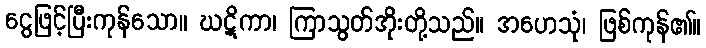
ငွေဖြင့်ပြီးကုန်သော။ ဃဋိကာ၊ ကြာသွတ်အိုးတို့သည်။ အဟေသုံ၊ ဖြစ်ကုန်၏။